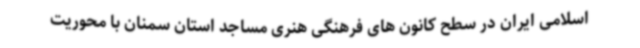
اسلامی ایران در سطح کانون های فرهنگی هنری مساجد استان سمنان با محوریت